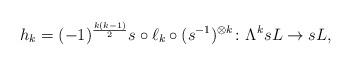
LaTeX: \begin{align*}h_k=(-1)^{\frac{k(k-1)}{2}}s\circ\ell_k\circ(s^{-1})^{\otimes k}\colon\Lambda^ksL\to sL,\end{align*}